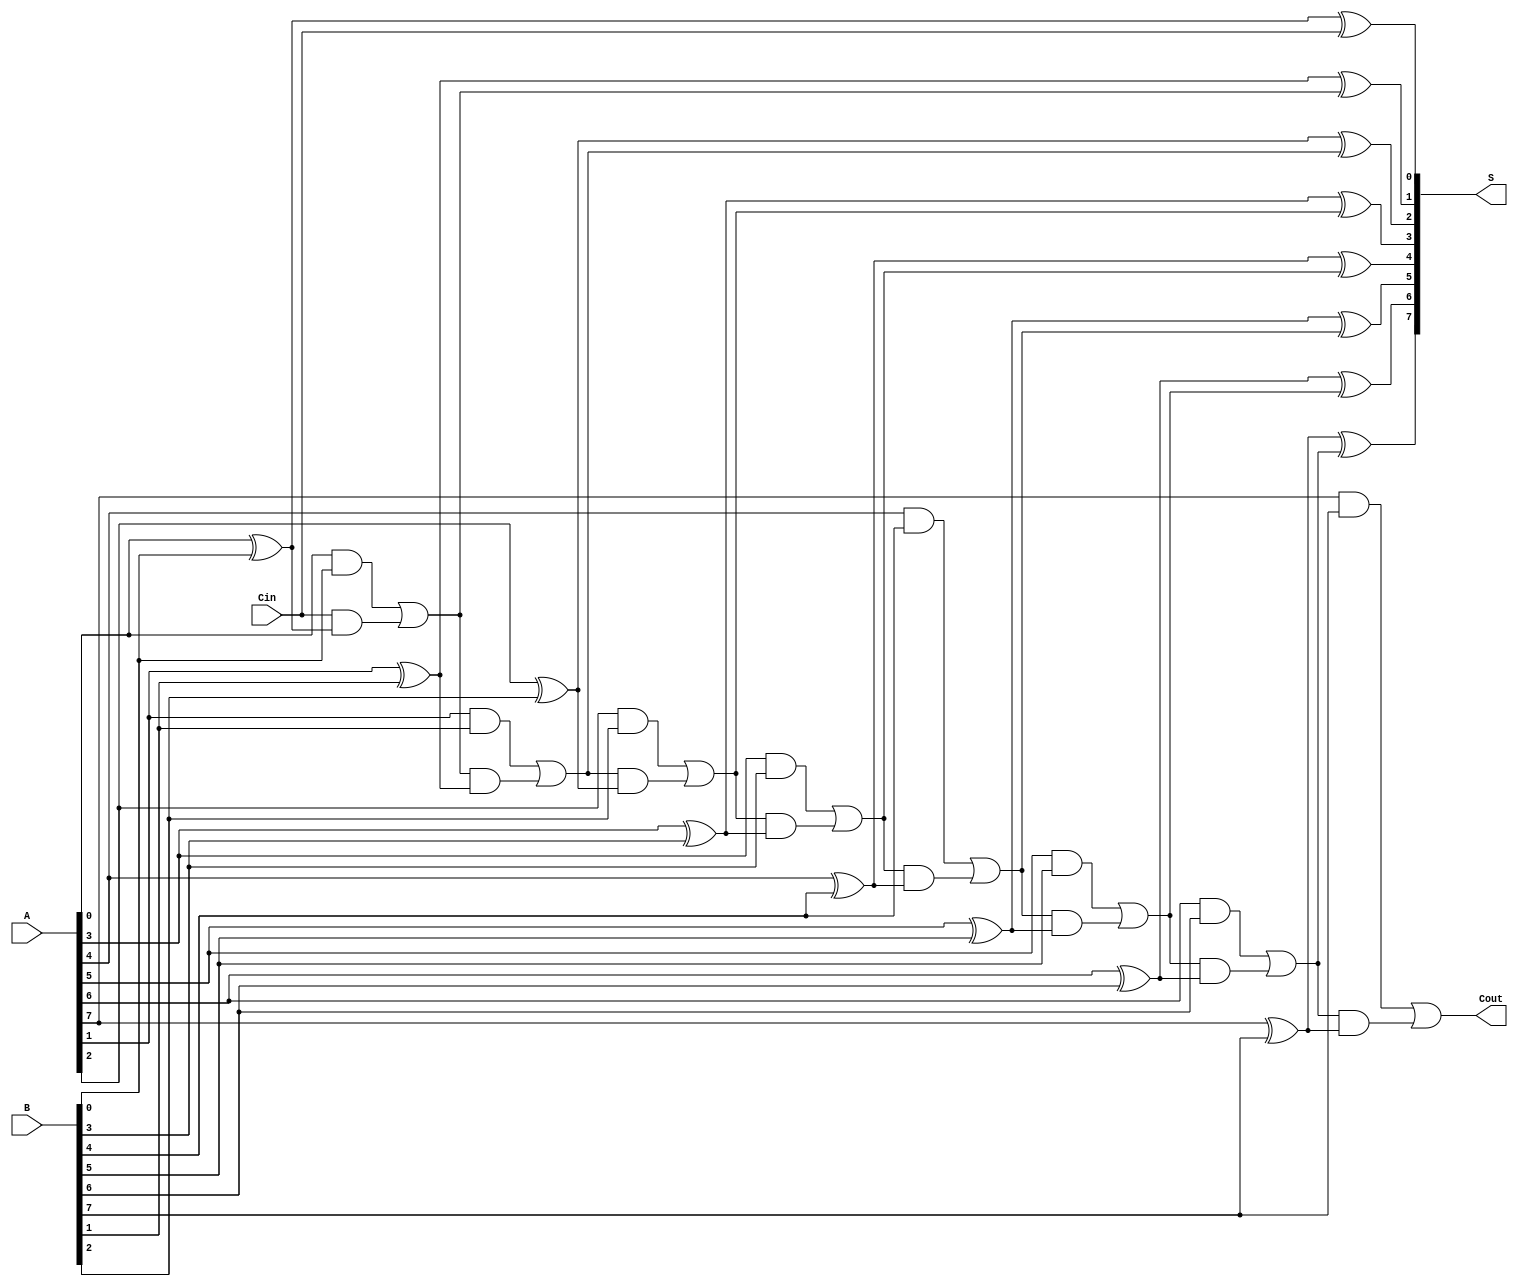
module ManchesterCarryChainAdder #(parameter WIDTH = 8) (
    input  wire [WIDTH-1:0] A,      // First operand
    input  wire [WIDTH-1:0] B,      // Second operand
    input  wire       Cin,           // Carry-in
    output wire [WIDTH-1:0] S,       // Sum output
    output wire       Cout           // Carry-out
);

    wire [WIDTH:0] C; // Carry outputs (C[0] is the initial carry-in)

    // Assign initial carry-in
    assign C[0] = Cin;

    // Carry Generation and Propagation
    genvar i;
    generate
        for (i = 0; i < WIDTH; i = i + 1) begin : carry_gen
            assign C[i+1] = (A[i] & B[i]) | (C[i] & (A[i] ^ B[i]));
        end
    endgenerate

    // Sum Calculation
    generate
        for (i = 0; i < WIDTH; i = i + 1) begin : sum_calc
            assign S[i] = A[i] ^ B[i] ^ C[i];
        end
    endgenerate

    // Final Carry-out
    assign Cout = C[WIDTH];

endmodule